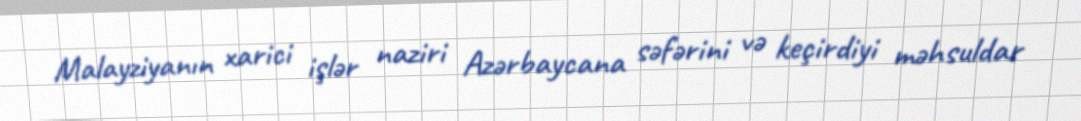
Malayziyanın xarici işlər naziri Azərbaycana səfərini və keçirdiyi məhsuldar